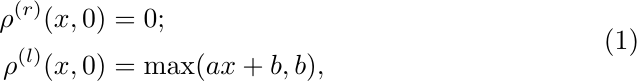
\begin{equation}
    \begin{aligned}
        \rho^{(r)}(x,0) &= 0;\\
        \rho^{(l)}(x,0) &= \max(ax+b,b),
    \end{aligned}
\end{equation}